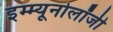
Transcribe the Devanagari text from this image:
इम्म्यूनोलॉजी